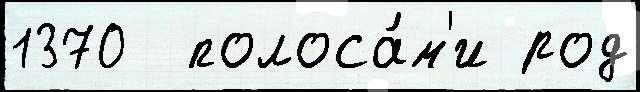
1370  полоса́м'и род